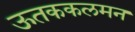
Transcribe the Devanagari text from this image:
ऊतककलमन